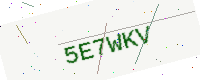
Text: 5E7WKV